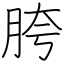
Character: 胯